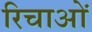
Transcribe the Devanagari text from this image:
रिचाओं